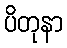
ပိတုနာ